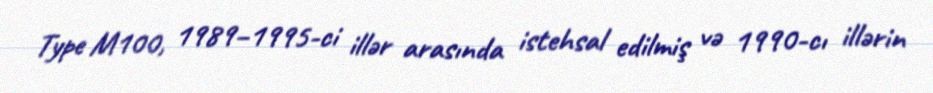
Type M100, 1989–1995-ci illər arasında istehsal edilmiş və 1990-cı illərin